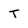
Character: T